Lunatic asylums Madras 1892-1911 - 1892-1911
Year: 1892
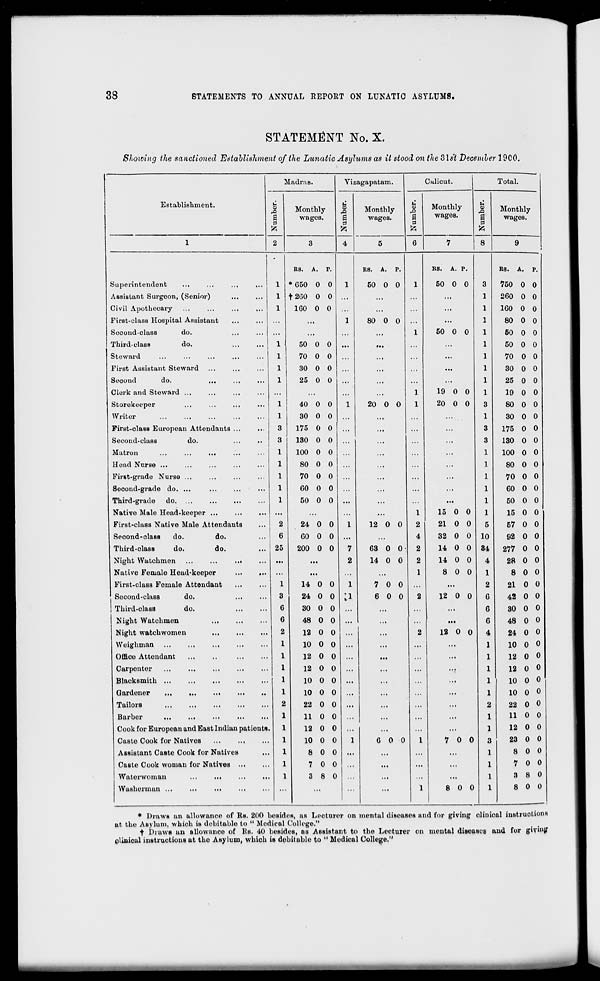
38
STATEMENTS TO ANNUAL REPOET ON LUNATIC ASYLUMS.
STATEMENT No. X.
Showing the sanctioned Establishment of the Lunatic Asylums as it stood on the Sls't Decemler 19C0.
Establishment.
Madras.
Viz agapatam.
Calicut.
Total.
u o
a
0
Monthly
wages.
(4
03
|
0
Monthly
wages.
u
03
a
B
Monthly
wages.
u
03
a
Monthly
wages.
ft
2
4
fe
m
1
3
5
6
7
8
9
RS. A. P.
RS. A. P.
RS.
A. P.
RS. A. p.
Superintendent
1 * 650 0 0
1
50 0 0
1
50 0 0
3
750 0 0
Assistant Surgeon, (Senior)
1 12G0 0 0
...
...
...
1
260 0 0
Civil Apothecary
1
1G0 0 0
...
...
1
160 0 0
First-class Hospital Assistant
...
...
1
80 0 0
...
1
80 0 0
Second-class
do.
...
...
...
...
1
50 0 0
1
50 0 0
Third-class
do.
1
50 0 0 ...
...
...
1
50 0 0
Steward
1
70 0 0
...
...
1
70 0 0
First Assistant Steward
1
30 0 0
...
1
30 0 0
Second
do.
...
...
...
1
25 0 0 ...
...
...
...
1
25 0 0
Clerk and Steward ...
...
...
1
19 0 0
1
19 0 0
Storekeeper
...
...
...
1
40 0 0
1
20 0 0
1
20 0 0
3
80 0 0
Writer
1
30 0 0
...
...
1
30 0 0
First-class European Attendants ...
3
175 0 0 ...
...
...
...
3
175 0 0
Second-class
do.
...
..
3
130 0 0 ...
...
...
3
130 0 0
Matron
...
...
...
1
100 0 0
...
...
1
100 0 0
Head Nurse ...
1
80 0 0 ...
...
...
1
80 0 0
First-grade Nurse ...
1
70 0 0
...
...
...
1
70 0 0
Socond-grade do. ...
1
60 0 0
...
...
...
1
60 0 0
Third-grade do. ...
1
50 0 0 ...
...
...
1
50 0 0
Native Male Head-keeper ...
...
...
...
...
1
15 0 0
1
15 0 0
First-class Native Male Attendants
2
24 0 0
1
12 0 0
2
21 0 0
5
57 0 0
Second-class
do.
do.
6
GO 0 0 ...
...
4
32 0 0 10
92 0 0
Third-class
do.
do.
25
200 0 0
7
63 0 0
2
14 0 0 34
277 0 0
Night Watchmen ...
...
...
...
...
2
14 0 0
2
14 0 0
4
28 0 0
Native Female Head-keeper
...
...
...
...
1
8 0 0
1
8 0 0
First-class Female Attendant
1
14 0 0
1
7 0 0 ...
...
2
21 0 0
Second-class
do.
3
24 0 0 a 6 0 0 2 12 0 0 6 42 0 0
] Third-class
do.
G
30 0 0 ...
...
...
6
30 0 0
Night Watchmen
6
48 0 0 ...
...
...
...
6
48 0 0
Night watchwomen
2
12 0 0 ...
...
2
12 0 0
4
24 0 0
Weighman
10 0 0 ...
...
...
...
10 0 o
Office Attendant
12 0 0 ...
...
...
...
12 0 0
Carpenter
12 0 0 ...
...
...
■••
12 0 0
Blacksmith ...
...
10 0 0 ...
...
...
...
10 0 o
Gardener
...
...
...
10 0 0 ...
...
...
...
10 0 o
Tailors
22 0 0 ...
...
...
22 0 0
Barber
...
...
11 0 0
...
...
11 0 0
Cook for European and East Indian patients.
12 0 0 ...
...
...
...
12 0 0
Caste Cook for Nativos
10 0 0
1
6 0 0
1
7 0 0
23 0 0
Assistant Caste Cook for Natives
8 0 0 ...
...
...
8 0 0
Caste Cook woman for Natives ...
7 0 0 ...
...
...
...
7 0 0
Watorwoman
...
...
3 8 0 ...
...
...
3 8 0
Washerman ...
...
...
...
1
8 0 0
8 0 0
* DrawB an allowanco of Rs. 200 besides, as Leoturer on mental diseases and for giving clinical instructions
at the Asylum, which is debitablo to " Medical College"
t Draws an allowance of Rs. 40 bosides, as Assistant to the Lecturer on mental diseases and for givuitf
clinical instructions at the Asylum, which is debit able to " Medical College,"